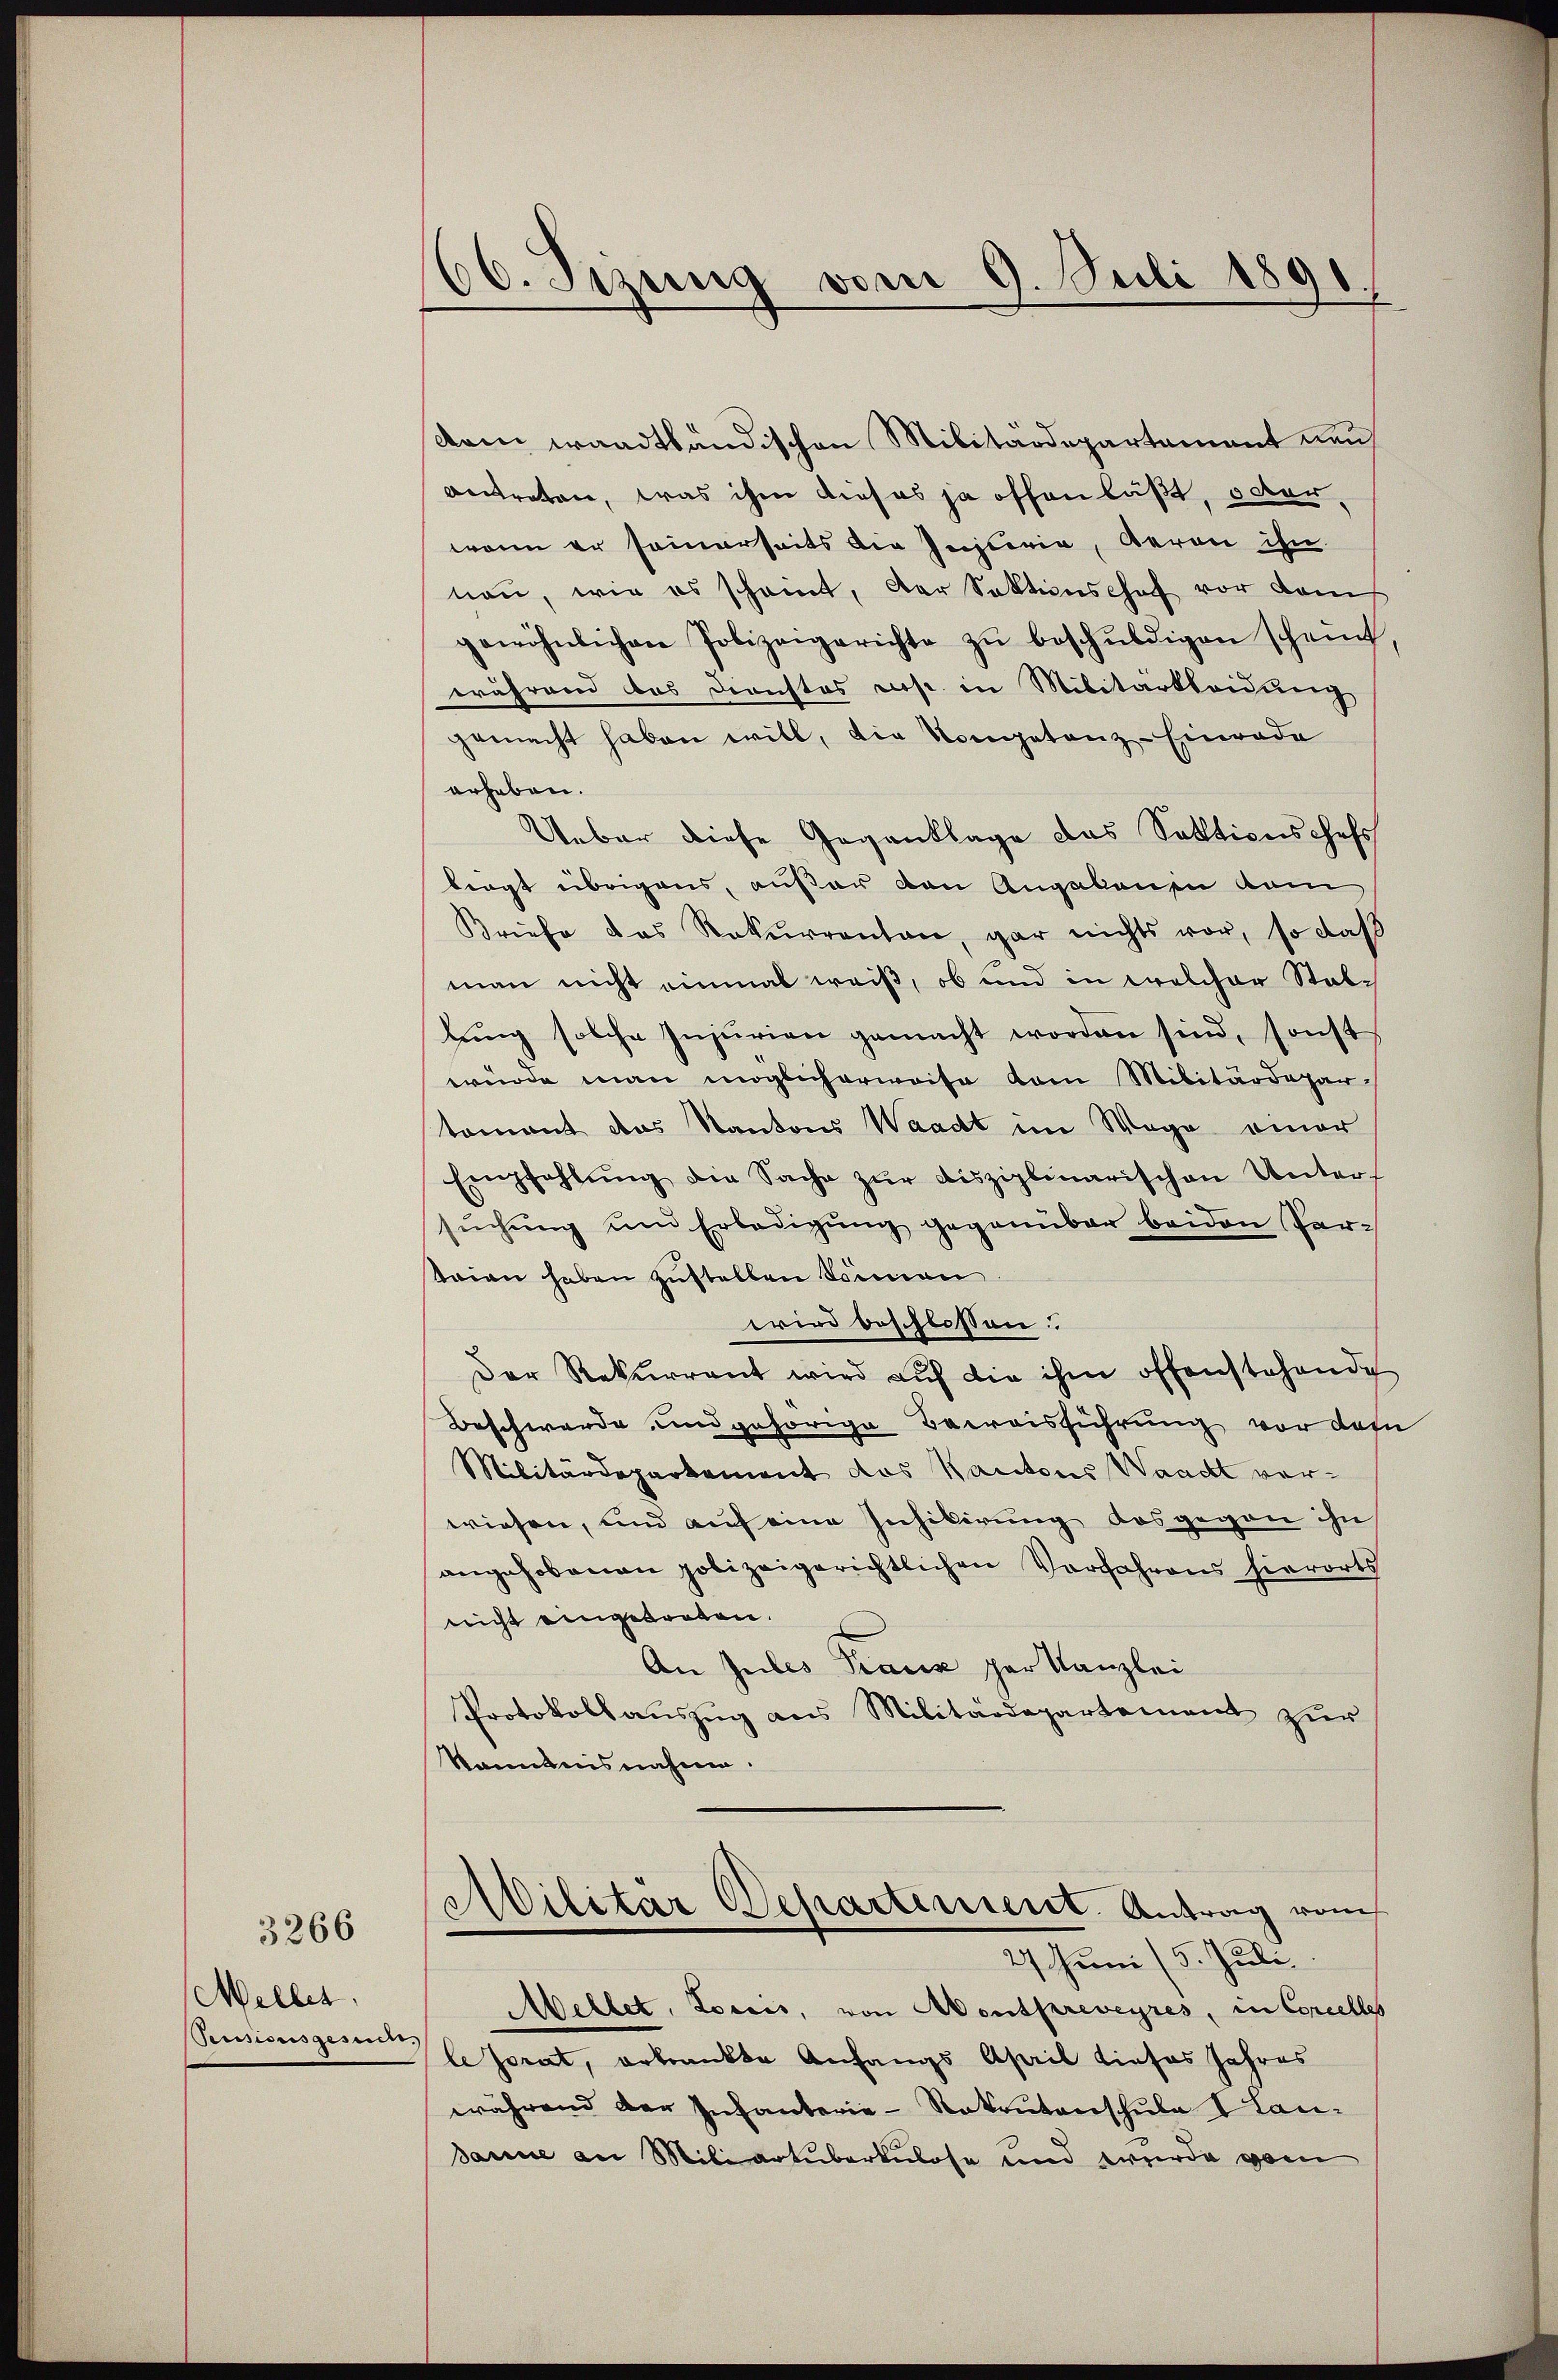
Mellet,
Pensionsgesen.

3266

66. Sizung vom 9. Juli 1891.
.

Aren waadtländischen Militärdepartament neuantreten, was ihm dieses ja offen läßt, oder
wenn er seinerseits die Insteria, Geran ihn.
nau, wie es scheint, der Sektionshof vor dami
gewöhnlichen Polizeigerichte zŭ beschŭldigen scheint,
während das Dienstes resp. in Militärtleidung
gemacht haben will, die Vorgetanz-Einrade
erheben.
Ueber diese Gegenklage das Saktionschaft
liegt übrigens, außer den Angabenen dam
Briefe das Rekurrenten, gar nichts vor, so daß
man nicht einmal weiß, ob und in welcher Stallŭng solche Injurien gemacht worden sind, sonst
würde man möglicherweise vom Militärdepar-
tomant das Kantons Waadt im Wege einer
Empfahlŭng die Sache zŭr disziplinarischen Unter-
sŭchŭng und Erledigŭng gegenüber beiden Ver-
teien haben zustellen Sonnen.
wird beschlossen:
Der Rekurrent wird aŭf die ihm offenstehende
Beschwerde und gehörige Beereisführung vor das
Militärdepartement das Kantons Waadt verwiesen, und auf eine Inhibirung des gegen ihn
angehobenen polizeigerichtlichen Verfahrens hierorts
nicht eingetreten.
An Jules Franz per Kanzlei
Protokollaŭszŭg ans Militärdepartement zŭr
Sänntnisnahme.

Militar Departement. Antrag vom
27. Juni (5. Juli

Mellet, Lociis, von Montpreveyres, in Concelles
lesorat, erkrankte Anfangs April tiefes Jahres
während der Infanterie-Rekrutenschule Landanne an Miliartuberkulose und wurde vom